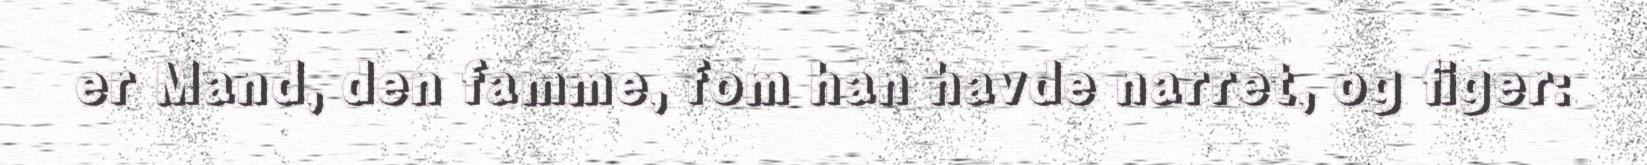
er Mand, den famme, fom han havde narret, og figer: